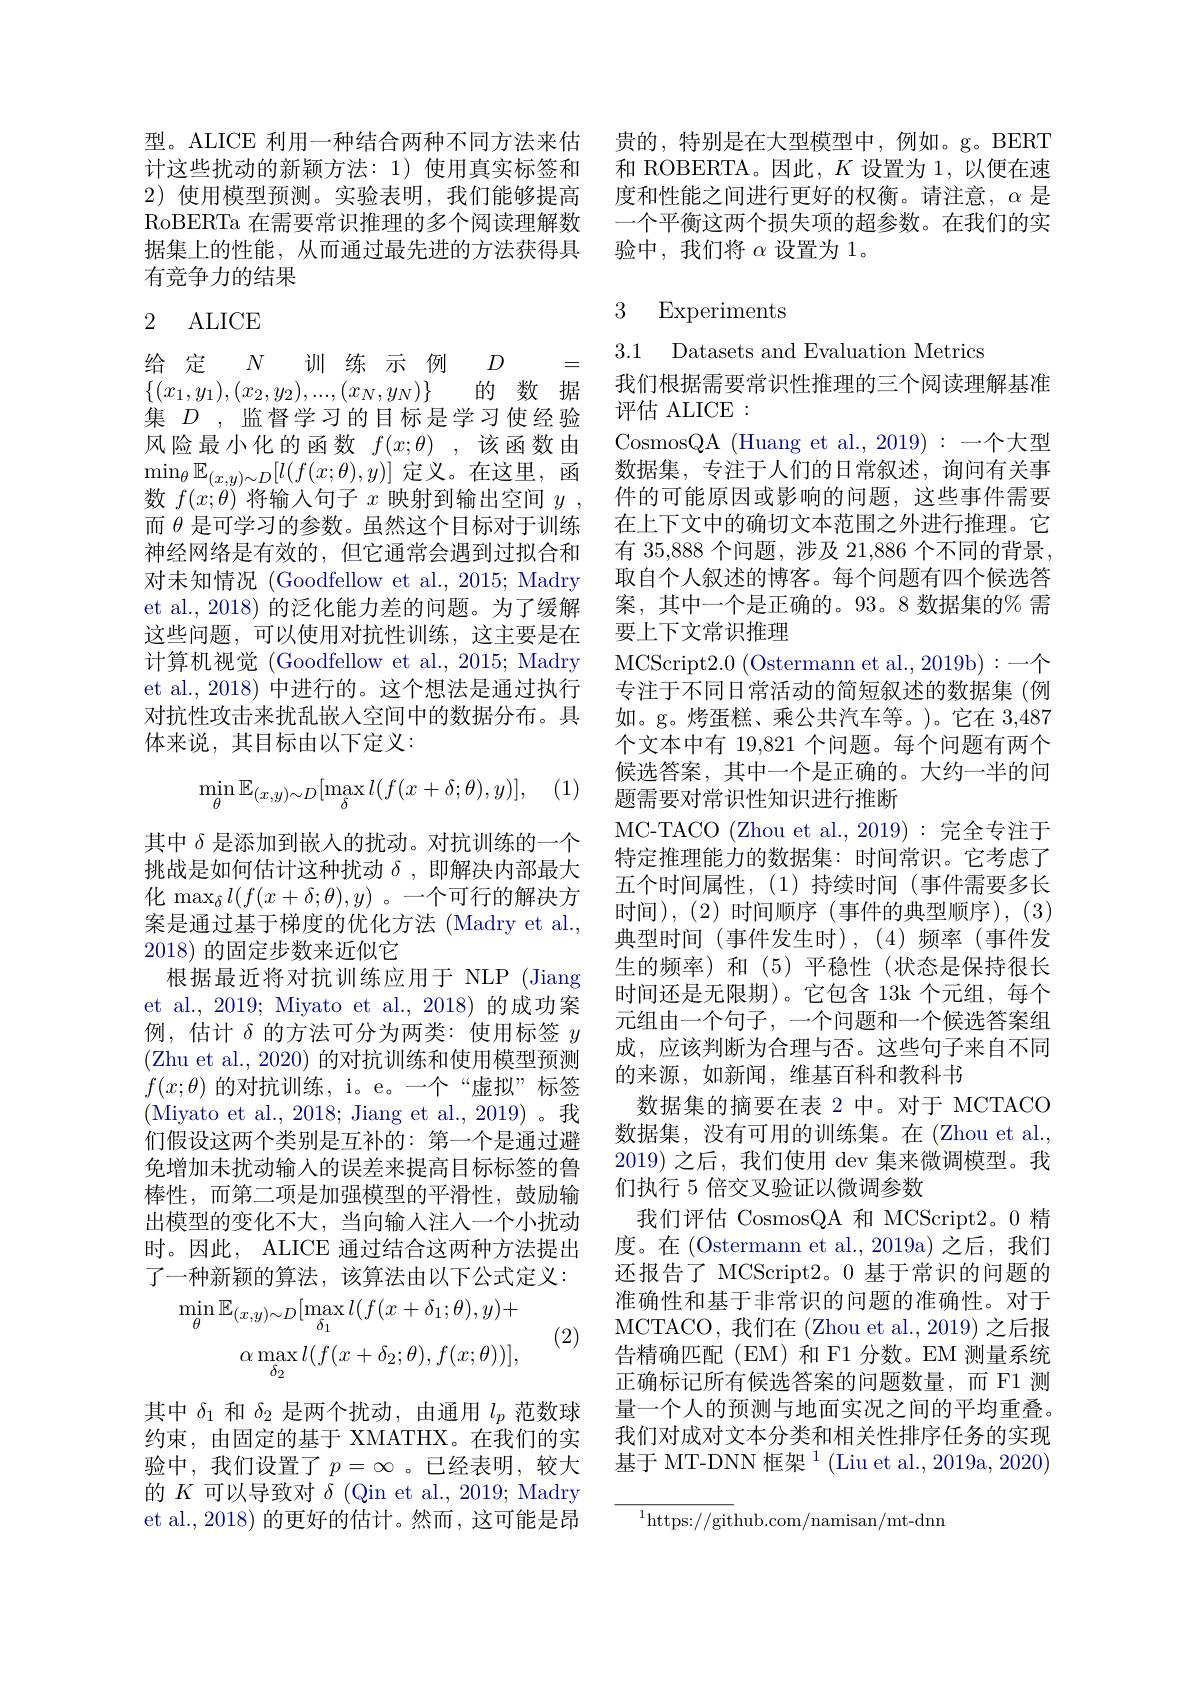
型。ALICE 利用一种结合两种不同方法来估计这些扰动的新颖方法：1)使用真实标签和2)使用模型预测。实验表明，我们能够提高RoBERTa 在需要常识推理的多个阅读理解数据集上的性能，从而通过最先进的方法获得具有竞争力的结果

### 2 ALICE

给定 $N$训练示例 $D$
=
$\{ ( x_1, y_1) , ( x_2, y_2) , . . . , ( x_N, y_N) \}$ 的 数 据集$D$ , 监督学习的目标是学习使经验风险最小化的函数$f( x; \theta )$ ,该函数由$\operatorname*{min}_\theta\mathbb{E}_{(x,y)\sim D}[l(f(x;\theta),y)]$定义。在这里，函数$f(x;\theta)$将输入句子$x$映射到输出空间$y$ , 而$\theta$是可学习的参数。虽然这个目标对于训练神经网络是有效的，但它通常会遇到过拟合和对未知情况 (Goodfellow et al., 2015; Madry et al., 2018) 的泛化能力差的问题。为了缓解这些问题，可以使用对抗性训练，这主要是在计算机视觉 (Goodfellow et al., 2015; Madry et al., 2018) 中进行的。这个想法是通过执行对抗性攻击来扰乱嵌入空间中的数据分布。具体来说，其目标由以下定义：

(1)
$$\min_{\theta}\mathbb{E}_{(x,y)\sim D}[\max_{\delta}l(f(x+\delta;\theta),y)],$$
其中$\delta$是添加到嵌入的扰动。对抗训练的一个挑战是如何估计这种扰动$\delta$,即解决内部最大化$\max_{\delta}l(f(x+\delta;\theta),y)$。一个可行的解决方案是通过基于梯度的优化方法 (Madry et al., 2018)的固定步数来近似它
根据最近将对抗训练应用于 NLP (Jiang et al., 2019; Miyato et al., 2018) 的成功案例，估计$\delta$的方法可分为两类：使用标签$y$ (Zhu et al., 2020) 的对抗训练和使用模型预测$f(x;\theta)$的对抗训练，i。e。一个“虚拟”标签(Miyato et al., 2018; Jiang et al., 2019)。我们假设这两个类别是互补的：第一个是通过避免增加未扰动输入的误差来提高目标标签的鲁棒性，而第二项是加强模型的平滑性，鼓励输出模型的变化不大，当向输人注人一个小扰动时。因此，ALICE 通过结合这两种方法提出了一种新颖的算法，该算法由以下公式定义：
(2)
$$\min_{\theta}\mathbb{E}_{(x,y)\sim D}[\max_{\delta_{1}}l(f(x+\delta_{1};\theta),y)+\\\alpha\max_{\delta_{2}}l(f(x+\delta_{2};\theta),f(x;\theta))],$$
其中$\delta_1$和$\delta_2$是两个扰动，由通用$l_p$范数球约束，由固定的基于 XMATHX。在我们的实验中，我们设置了$p=\infty$。已经表明，较大的$K$可以导致对$\delta$ (Qin et al., 2019; Madry et al., 2018) 的更好的估计。然而，这可能是昂

贵的，特别是在大型模型中，例如。g。BERT 和 ROBERTA。因此，$K$设置为 1,以便在速度和性能之间进行更好的权衡。请注意，$\alpha$是一个平衡这两个损失项的超参数。在我们的实验中，我们将$\alpha$设置为1。

# 3 Experiments

3.1 Datasets and Evaluation Metrics
我们根据需要常识性推理的三个阅读理解基准
评估 ALICE :
CosmosQA (Huang et al., 2019):一个大型数据集，专注于人们的日常叙述，询问有关事件的可能原因或影响的问题，这些事件需要在上下文中的确切文本范围之外进行推理。它有 35,8888 个问题，涉及 21,886 个不同的背景， 取自个人叙述的博客。每个问题有四个候选答案，其中一个是正确的。93。8 数据集的% 需要上下文常识推理
MCScript2.0 (Ostermann et al., 2019b):一个专注于不同日常活动的简短叙述的数据集(例如。g。烤蛋糕、乘公共汽车等。)。它在 3,487个文本中有 19,821 个问题。每个问题有两个候选答案，其中一个是正确的。大约一半的问题需要对常识性知识进行推断
MC-TACO (Zhou et al., 2019) : 完全专注于特定推理能力的数据集：时间常识。它考虑了五个时间属性，(1)持续时间(事件需要多长时间),(2)时间顺序(事件的典型顺序),(3) 典型时间(事件发生时),(4)频率(事件发生的频率)和(5)平稳性(状态是保持很长时间还是无限期)。它包含 13k 个元组，每个元组由一个句子，一个问题和一个候选答案组成，应该判断为合理与否。这些句子来自不同的来源，如新闻，维基百科和教科书
数据集的摘要在表 2 中。对于 MCTACO 数据集，没有可用的训练集。在(Zhou et al., 2019)之后，我们使用 dev 集来微调模型。我们执行 5 倍交叉验证以微调参数
我们评估 CosmosQA 和 MCScript2。0 精度。在 (Ostermann et al.,2019a) 之后，我们还报告了 MCScript2。0 基于常识的问题的准确性和基于非常识的问题的准确性。对于MCTACO, 我 们 在 ( Zhou et al. , 2019) 之后报告精确匹配(EM)和 F1 分数。EM 测量系统正确标记所有候选答案的问题数量，而 F1 测量一个人的预测与地面实况之间的平均重叠。我们对成对文本分类和相关性排序任务的实现基于 MT-DNN 框架$^1$ (Liu et al., 2019a, 2020)

$^{1}$https://github.com/namisan/mt-dnn